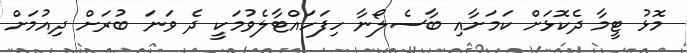
މޮޅު ޓީމާ ދެކޮޅަށް ކަމަށާއި ބާސެލޯނާ ހިފަހައްޓާލެވުމަކީ ދެ ވަނަ ބުރަށް ދިއުމަށް